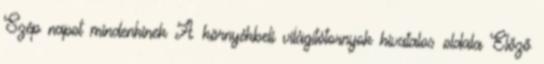
Szép napot mindenkinek A környékbeli világítótornyok hivatalos oldala Előző